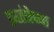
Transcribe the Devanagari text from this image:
स्वतंत्रेच्या